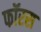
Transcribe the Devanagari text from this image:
फॉरस